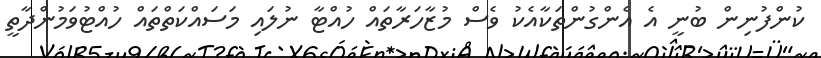
ކުންފުނިން ބުނީ އެ އެންގުންތަކާއެކު ވެސް މުޒާހަރާތައް ހުއްޓާ ނުލައި މަސައްކަތްތައް ހުއްޓުވަމުންދާތީ